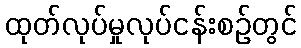
ထုတ်လုပ်မှုလုပ်ငန်းစဉ်တွင်